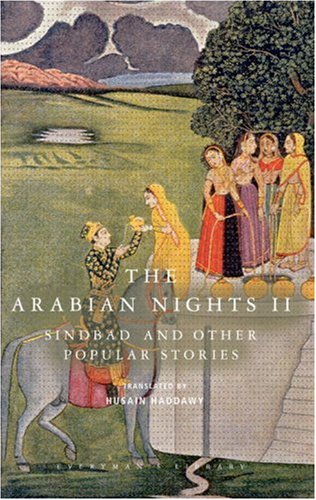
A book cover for The Arabian Nights II: Sindbad and Other Popular Stories (Everyman's Library); Everyman's Library; Literature & Fiction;